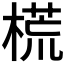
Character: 𣗄